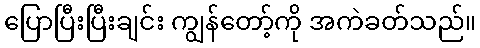
ပြောပြီးပြီးချင်း ကျွန်တော့်ကို အကဲခတ်သည်။